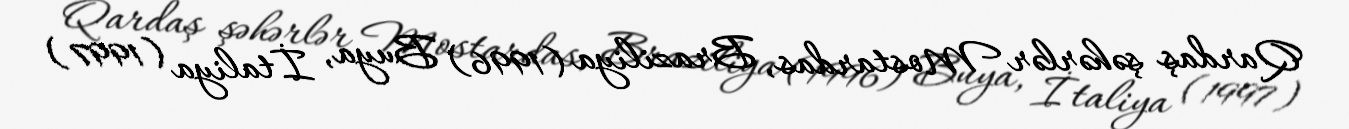
Qardaş şəhərlər Mostardas, Braziliya (1996) Buya, İtaliya (1997)